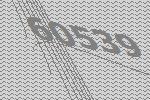
60539